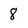
Character: 8